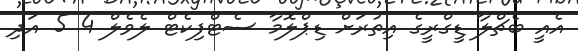
އެއީ ބެޗްލާ ޑީގްރީގެ އިތުރަށް ޑިޕްލޮމާ ސެޓްފިކެޓް ލެވެލް 4 5 އަދި